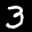
Label: 3